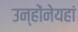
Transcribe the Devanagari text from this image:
उन्होंनेयहां